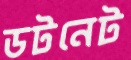
ডটনেট